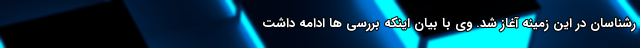
رشناسان در این زمینه آغاز شد. وی با بیان اینکه بررسی ها ادامه داشت